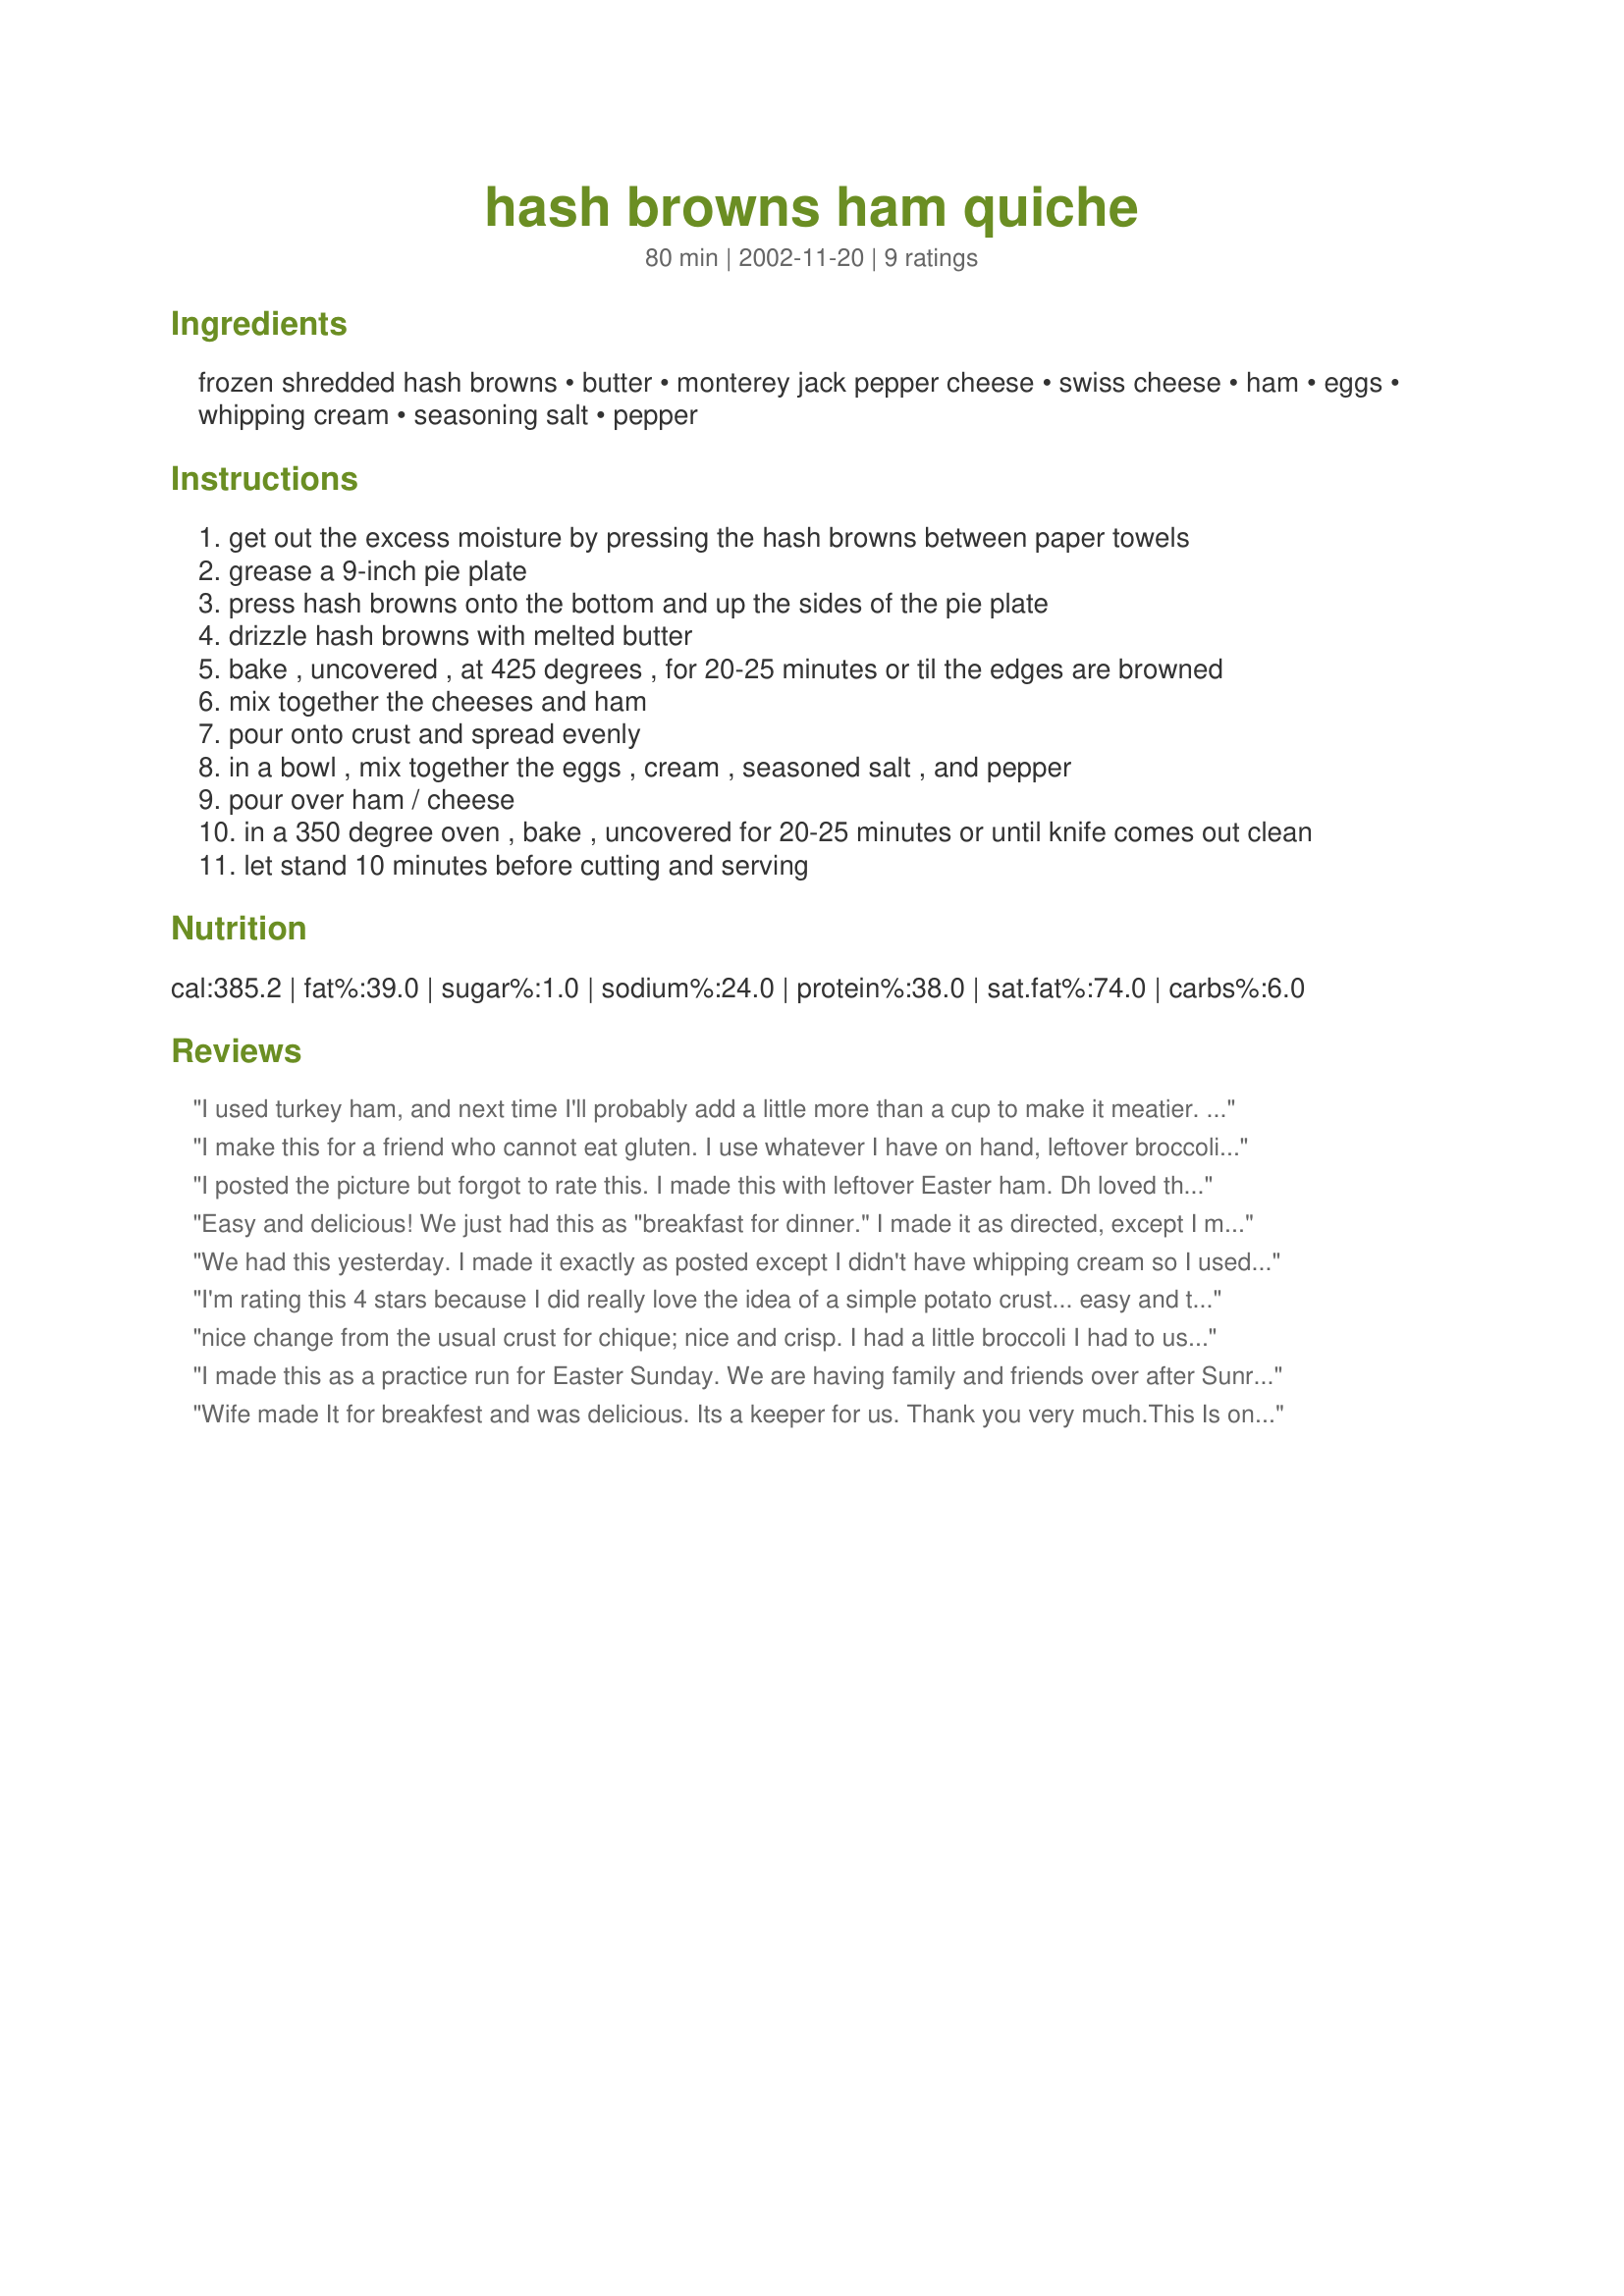
hash browns ham quiche
Preparation time: 80 minutes

Ingredients:
frozen shredded hash browns, butter, monterey jack pepper cheese, swiss cheese, ham, eggs, whipping cream, seasoning salt, pepper

Steps:
get out the excess moisture by pressing the hash browns between paper towels
grease a 9-inch pie plate
press hash browns onto the bottom and up the sides of the pie plate
drizzle hash browns with melted butter
bake , uncovered , at 425 degrees , for 20-25 minutes or til the edges are browned
mix together the cheeses and ham
pour onto crust and spread evenly
in a bowl , mix together the eggs , cream , seasoned salt , and pepper
pour over ham / cheese
in a 350 degree oven , bake , uncovered for 20-25 minutes or until knife comes out clean
let stand 10 minutes before cutting and serving

Reviews:
I used turkey ham, and next time I'll probably add a little more than a cup to make it meatier. Really good!
I make this for a friend who cannot eat gluten. I use whatever I have on hand, leftover broccoli, chicken, green chilies My kids love it.
I posted the picture but forgot to rate this. I made this with leftover Easter ham. Dh loved this he ate it for dinner then for breakfast the next morning. Thanks for a great recipe.
Lisa
Easy and delicious! We just had this as "breakfast for dinner." I made it as directed, except I misread the cheese, and bought plain monterey jack cheese. I did add a few chopped green onions. Next time, I'll add some mushrooms.
We had this yesterday. I made it exactly as posted except I didn't have whipping cream so I used milk. My husband really enjoyed the potato crust instead of the pastry kind. We will have this again. Thank you very much.
I'm rating this 4 stars because I did really love the idea of a simple potato crust... easy and tasty. However I really think the measurements are off on this recipe. I ended up having to nearly double the cream / egg mixture when poured over the cheese. I used half and half instead of cream, just to lighten it up a bit. It baked for about 35 minutes when the knife finally came out sorta clean. My husband and I enjoyed the flavors... we used chopped up deli ham and mild cheddar cheese... but we both agreed there was WAAAY too much cheese. Maybe because I used "finely" shredded cheese, 2 cups made the whole quiche mostly cheese. My husband actually said "This is like eating fondue". So next time I will probably half the cheese and double the egg mixture. Thanks for posting though... I'll be sure to make again. Love the crust!
nice change from the usual crust for chique; nice and crisp. I had a little broccoli I had to use up so i threw it in too and had to use cheddar, it was the only cheese i had and I use 2% milk instead of cream. It all turned out great, thanks for posting, it was a great guideline! I will try it with the proper ingredients next time.
I made this as a practice run for Easter Sunday. We are having family and friends over after Sunrise service for breakfast/egg-hunting. Turned out very well. I was very watchful while the hashbrown crust was baking because I was afraid it would burn cooking at that high of a heat. I took the crust out of the oven at 18 minutes--I have a very hot oven. Next time, I will reduce the heat to 400. The filling was rich and tasty. Did not fall apart when sliced. Thanks for another great recipe.
Wife made It for breakfest and was delicious. Its a keeper for us. Thank you very much.This Is one super good forum.
